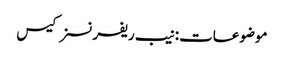
موضوعات:نیب ریفرنسز کیس